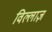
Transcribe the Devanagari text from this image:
विल्लाज़